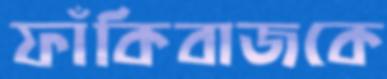
ফাঁকিবাজকে